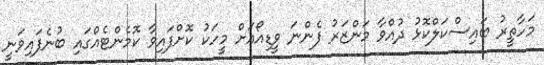
މަހާތީރު ބައިސްކަލްކޮޅު ދުއްވާ މަންޒަރު ފެންނަ ވީޑިއޯއަށް މީހަކު ކޮށްފައިވާ ކޮމެންޓެއްގައި ބުނެފައިވަނީ